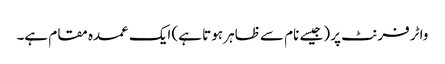
واٹر فرنٹ پر (جیسے نام سے ظاہر ہوتا ہے) ایک عمدہ مقام ہے۔